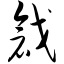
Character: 戗